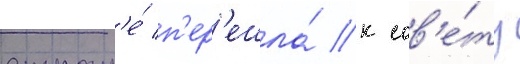
стран'е́ п'ер'ешла́ к сов'е́ту